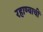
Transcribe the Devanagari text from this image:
रहाण्याचीं